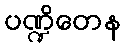
ပဏ္ဍိတေန